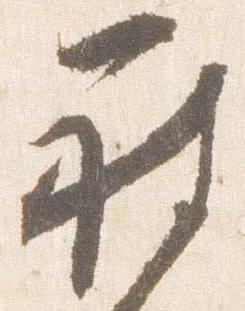
被